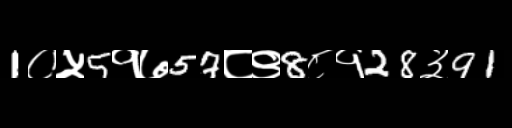
Text: 1०५5१७57८९8८१28३91